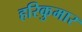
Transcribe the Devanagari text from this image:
हरिकुमार